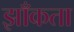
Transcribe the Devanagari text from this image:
झाँकता